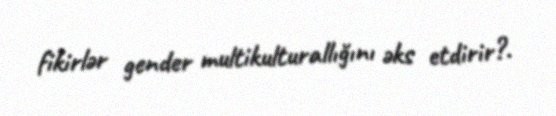
fikirlər gender multikulturallığını əks etdirir?.